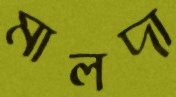
মালদা